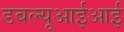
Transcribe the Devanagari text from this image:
डबल्यूआईआई